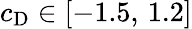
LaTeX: c_{\mathrm{D}}\in[-1.5,\, 1.2]